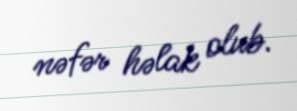
nəfər həlak olub.